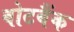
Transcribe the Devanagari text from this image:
वोटबैंक